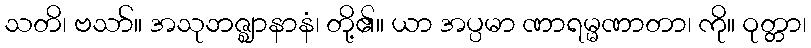
သတိ၊ ဗသာ်။ အသုဘဇ္ဈာနာနံ၊ တို့၏။ ယာ အပ္ပမာ ဏာရမ္မဏာတာ၊ ကို။ ဝုတ္တာ၊